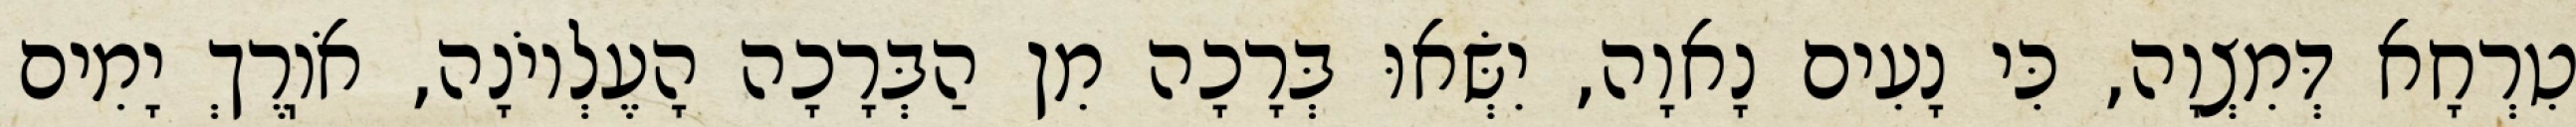
טִרְחָא דְּמִצְוָה, כִּי נָעִים נָאוָה, יִשְּׂאוּ בְּרָכָה מִן הַבְּרָכָה הָעֶלְיוֹנָה, אֹוֽרֶךְ יָמִים